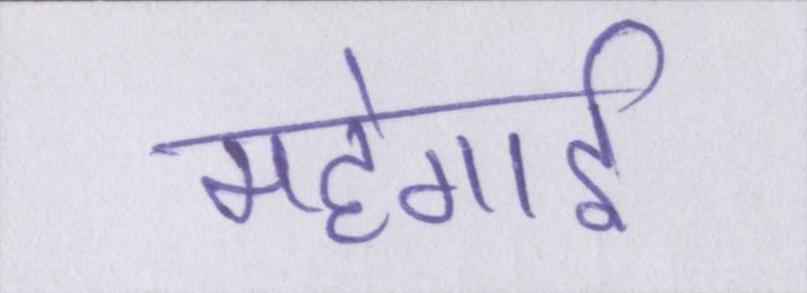
महंगार्इ